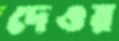
দেওয়